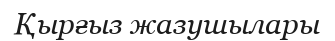
Қырғыз жазушылары